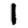
Digit: 1